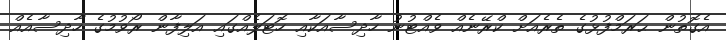
އެގޮތުން ޙަރަމްފުޅުގެ ތެރެއަށް ކްރޭނެއް ވެއްޓުނު ހާދިސާއަކާއި ހޮޓަލެއްގައި އަލިފާން ރޯވުމުގެ ހާދިސާއެއް